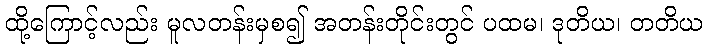
ထို့ကြောင့်လည်း မူလတန်းမှစ၍ အတန်းတိုင်းတွင် ပထမ၊ ဒုတိယ၊ တတိယ